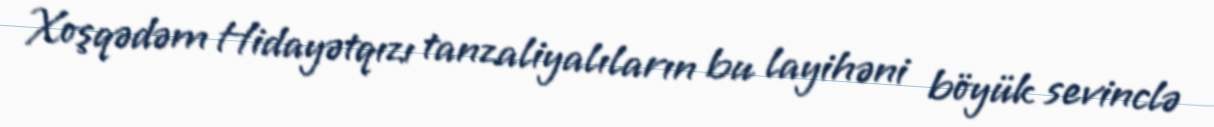
Xoşqədəm Hidayətqızı tanzaliyalıların bu layihəni böyük sevinclə